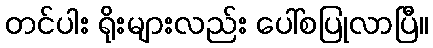
တင်ပါး ရိုးများလည်း ပေါ်စပြုလာပြီ။